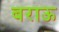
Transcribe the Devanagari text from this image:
बराऊ